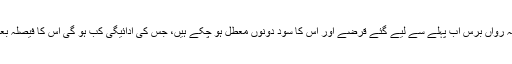
تو انہوں نے بتایا کہ رواں برس اب پہلے سے لیے گئے قرضے اور اس کا سود دونوں معطل ہو چکے ہیں، جس کی ادائیگی کب ہو گی اس کا فیصلہ بعد میں کیا جائے گا۔